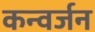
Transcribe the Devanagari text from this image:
कन्वर्जन